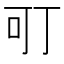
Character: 𭇄